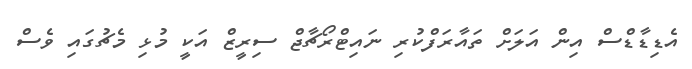
އެޑިޑާޑްސް އިން އަލަށް ތައާރަފްކުރި ނައިޓްރޯޗާޖް ސިރީޒް އަކީ މުޅި މެޗުގައި ވެސް